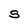
Character: S